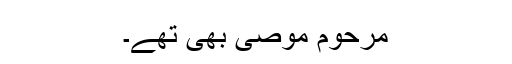
مرحوم موصی بھی تھے۔